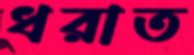
ধরাত